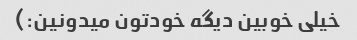
خیلی خوبین دیگه خودتون میدونین:)